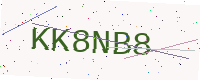
Text: KK8NB8